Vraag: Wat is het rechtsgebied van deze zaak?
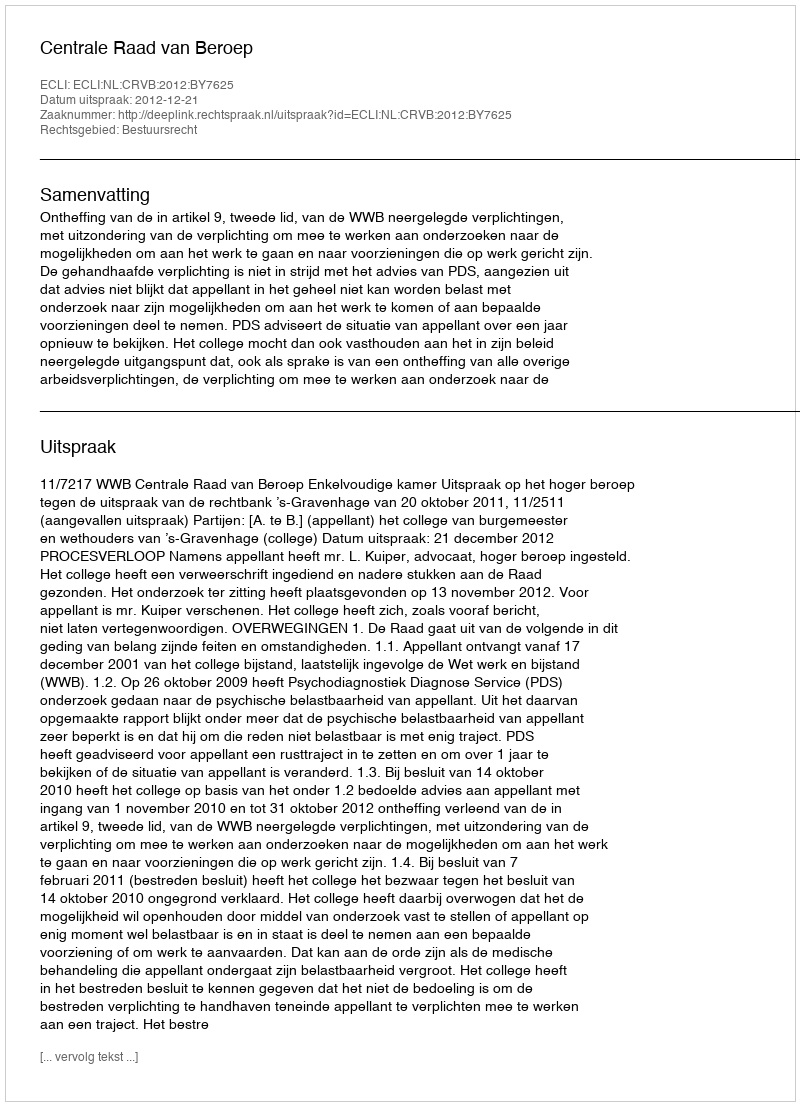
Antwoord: Bestuursrecht